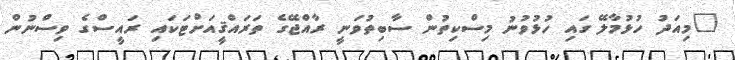
"މިއަދު ހުޅުމާލޭ ގައި ހުޅުވުނު މިސްކިތުން ސާބިތުވަނީ ރާއްޖޭގެ ތަރައްޤީއަށްޓަކައި ރައީސްގެ ވިސްނުން